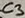
Text: C3